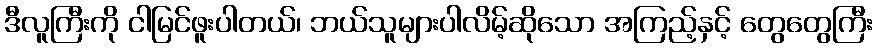
ဒီလူကြီးကို ငါမြင်ဖူးပါတယ်၊ ဘယ်သူများပါလိမ့်ဆိုသော အကြည့်နှင့် တွေတွေကြီး